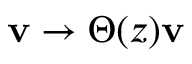
\mathbf { v } \rightarrow \Theta ( z ) \mathbf { v }